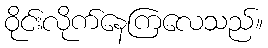
ဝိုင်းလိုက်နေကြလေသည်။